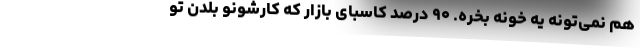
هم نمی‌تونه یه خونه بخره. ۹۰ درصد کاسبای بازار که کارشونو بلدن تو